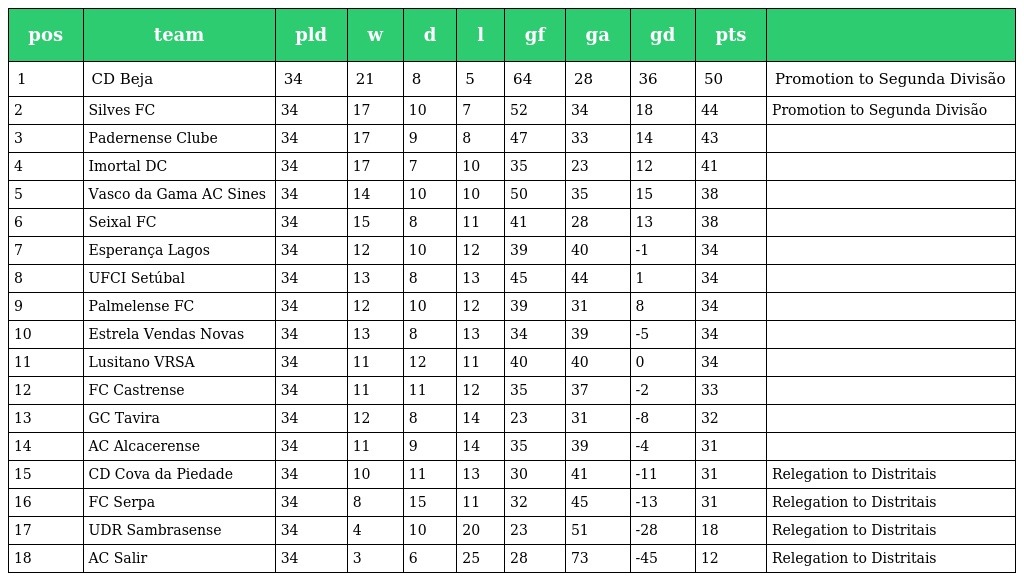
| pos | team | pld | w | d | l | gf | ga | gd | pts |  |
 | --- | --- | --- | --- | --- | --- | --- | --- | --- | --- | --- |
 | 1 | CD Beja | 34 | 21 | 8 | 5 | 64 | 28 | 36 | 50 | Promotion to Segunda Divisão |
 | 2 | Silves FC | 34 | 17 | 10 | 7 | 52 | 34 | 18 | 44 | Promotion to Segunda Divisão |
 | 3 | Padernense Clube | 34 | 17 | 9 | 8 | 47 | 33 | 14 | 43 |  |
 | 4 | Imortal DC | 34 | 17 | 7 | 10 | 35 | 23 | 12 | 41 |  |
 | 5 | Vasco da Gama AC Sines | 34 | 14 | 10 | 10 | 50 | 35 | 15 | 38 |  |
 | 6 | Seixal FC | 34 | 15 | 8 | 11 | 41 | 28 | 13 | 38 |  |
 | 7 | Esperança Lagos | 34 | 12 | 10 | 12 | 39 | 40 | -1 | 34 |  |
 | 8 | UFCI Setúbal | 34 | 13 | 8 | 13 | 45 | 44 | 1 | 34 |  |
 | 9 | Palmelense FC | 34 | 12 | 10 | 12 | 39 | 31 | 8 | 34 |  |
 | 10 | Estrela Vendas Novas | 34 | 13 | 8 | 13 | 34 | 39 | -5 | 34 |  |
 | 11 | Lusitano VRSA | 34 | 11 | 12 | 11 | 40 | 40 | 0 | 34 |  |
 | 12 | FC Castrense | 34 | 11 | 11 | 12 | 35 | 37 | -2 | 33 |  |
 | 13 | GC Tavira | 34 | 12 | 8 | 14 | 23 | 31 | -8 | 32 |  |
 | 14 | AC Alcacerense | 34 | 11 | 9 | 14 | 35 | 39 | -4 | 31 |  |
 | 15 | CD Cova da Piedade | 34 | 10 | 11 | 13 | 30 | 41 | -11 | 31 | Relegation to Distritais |
 | 16 | FC Serpa | 34 | 8 | 15 | 11 | 32 | 45 | -13 | 31 | Relegation to Distritais |
 | 17 | UDR Sambrasense | 34 | 4 | 10 | 20 | 23 | 51 | -28 | 18 | Relegation to Distritais |
 | 18 | AC Salir | 34 | 3 | 6 | 25 | 28 | 73 | -45 | 12 | Relegation to Distritais |